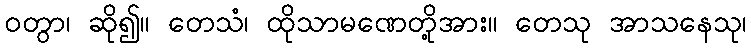
ဝတွာ၊ ဆို၍။ တေသံ၊ ထိုသာမဏေတို့အား။ တေသု အာသနေသု၊